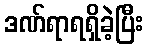
ဒဏ်ရာရရှိခဲ့ပြီး